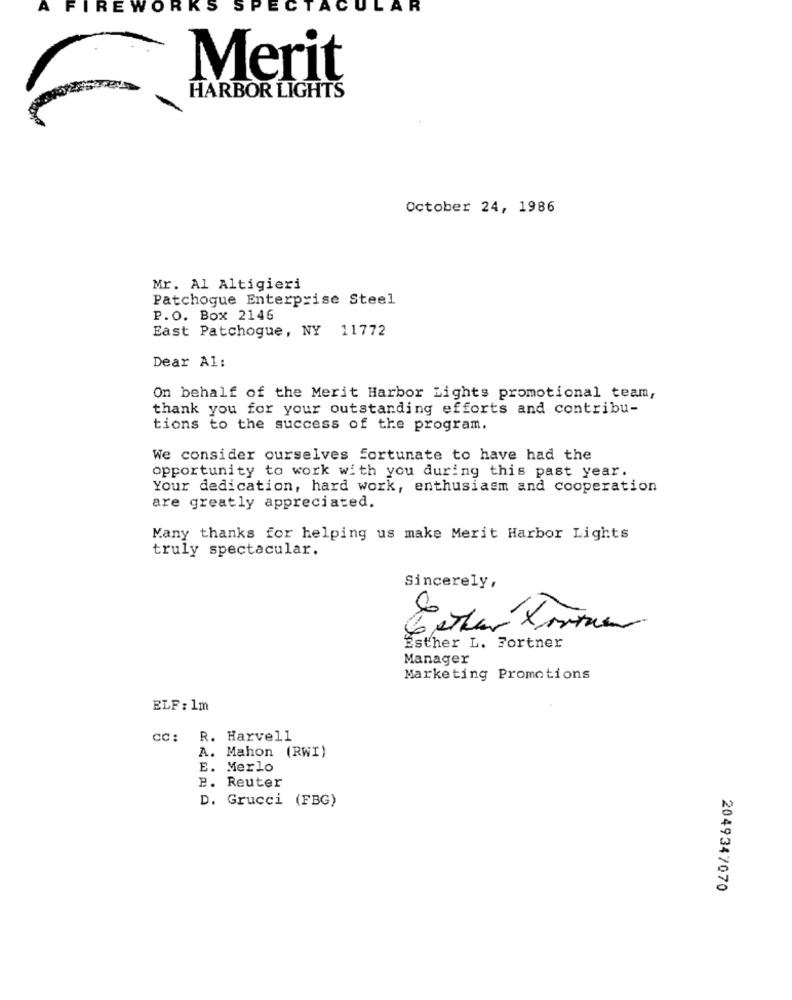
A
REWORKS
SPECTACULAR
Merit
HARBOR LIGHTS
October 24, 1986
Mr. Al Altigieri
Patchogue Enterprise Steel
P.O. Box 2146
East Patchogue, NY 11772
Dear Al:
On behalf of the Merit Harbor Lights promotional team,
thank you for your outstanding efforts and contribu-
tions to the success of the program.
We consider ourselves fortunate to have had the
opportunity to work with you during this past year.
Your dedication, hard work, enthusiasm and cooperation
are greatly appreciated.
Many thanks for helping us make Merit Harbor Lights
truly spectacular.
Sincerely,
1
Esther L. Fortner
Manager
Marketing Promotions
ELF: 1m
cc: R. Harvell
A. Mahon (RWI)
E. Merlo
B. Reuter
D. Grucci (FBG)
2049347070